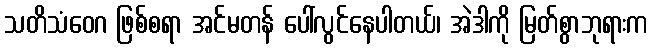
သတိသံဝေဂ ဖြစ်စရာ အင်မတန် ပေါ်လွင်နေပါတယ်၊ အဲဒါကို မြတ်စွာဘုရားက